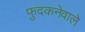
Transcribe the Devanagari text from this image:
फुदकनेवाले